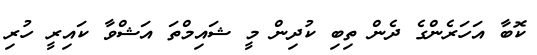
ކޮބާ އަހަރެންގެ ދެން ތިބި ކުދިން މީ ޝައިމްތަ އަޝްވާ ކައިރީ ހުރި